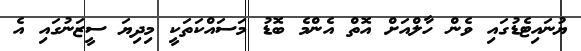
ޔުނައިޓެޑުގައި ވެން ހާލްއަށް އޮތް އެންމެ ބޮޑު މަސައްކަތަކީ މިދިޔަ ސީޒަނުގައި އެ